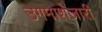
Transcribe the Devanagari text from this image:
उगमाशेजारी